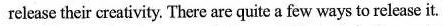
release their creativity. There are quite a few ways to release it.